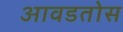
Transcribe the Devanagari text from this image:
आवडतोस